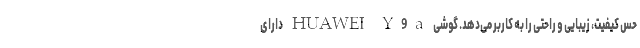
حس کیفیت، زیبایی و راحتی را به کاربر می‌دهد. گوشی HUAWEI Y9a دارای